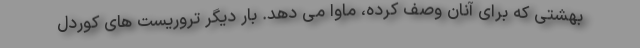
بهشتی که برای آنان وصف کرده، ماوا می دهد. بار دیگر تروریست های کوردل